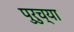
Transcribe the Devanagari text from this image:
पुरुच्या